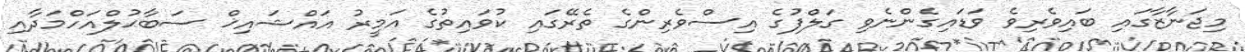
މިޖަނާޒާގައި ބައިވެރިވެ ވަޑައިގެންނެވި ގަލްފުގެ އިސްވެރިންގެ ތެރޭގައި ކުވައިތުގެ އަމީރު އައްޝައިޚް ސަބާޙުލްއަހްމަދާއި